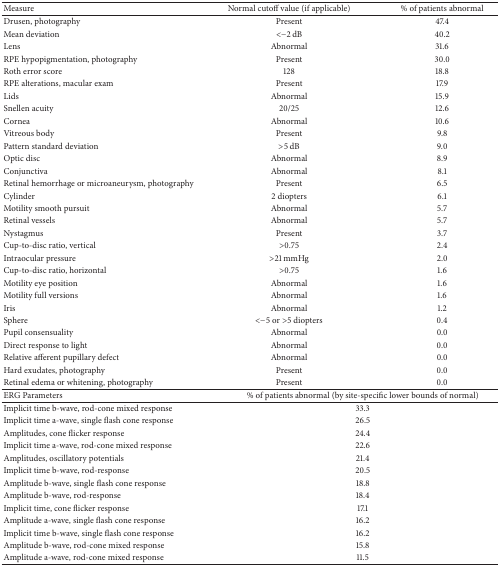
<table><thead><tr><td><b>Measure</b></td><td><b>Normal cutoff value (if applicable)</b></td><td><b>% of patients abnormal</b></td></tr></thead><tbody><tr><td>Drusen, photography</td><td>Present</td><td>47.4</td></tr><tr><td>Mean deviation</td><td>&lt;−2 dB</td><td>40.2</td></tr><tr><td>Lens</td><td>Abnormal</td><td>31.6</td></tr><tr><td>RPE hypopigmentation, photography</td><td>Present</td><td>30.0</td></tr><tr><td>Roth error score</td><td>128</td><td>18.8</td></tr><tr><td>RPE alterations, macular exam</td><td>Present</td><td>17.9</td></tr><tr><td>Lids</td><td>Abnormal</td><td>15.9</td></tr><tr><td>Snellen acuity</td><td>20/25</td><td>12.6</td></tr><tr><td>Cornea</td><td>Abnormal</td><td>10.6</td></tr><tr><td>Vitreous body</td><td>Present</td><td>9.8</td></tr><tr><td>Pattern standard deviation</td><td>&gt;5 dB</td><td>9.0</td></tr><tr><td>Optic disc</td><td>Abnormal</td><td>8.9</td></tr><tr><td>Conjunctiva</td><td>Abnormal</td><td>8.1</td></tr><tr><td>Retinal hemorrhage or microaneurysm, photography</td><td>Present</td><td>6.5</td></tr><tr><td>Cylinder</td><td>2 diopters</td><td>6.1</td></tr><tr><td>Motility smooth pursuit</td><td>Abnormal</td><td>5.7</td></tr><tr><td>Retinal vessels</td><td>Abnormal</td><td>5.7</td></tr><tr><td>Nystagmus</td><td>Present</td><td>3.7</td></tr><tr><td>Cup-to-disc ratio, vertical</td><td>&gt;0.75</td><td>2.4</td></tr><tr><td>Intraocular pressure</td><td>&gt;21 mmHg</td><td>2.0</td></tr><tr><td>Cup-to-disc ratio, horizontal</td><td>&gt;0.75</td><td>1.6</td></tr><tr><td>Motility eye position</td><td>Abnormal</td><td>1.6</td></tr><tr><td>Motility full versions</td><td>Abnormal</td><td>1.6</td></tr><tr><td>Iris</td><td>Abnormal</td><td>1.2</td></tr><tr><td>Sphere</td><td>&lt;−5 or &gt;5 diopters</td><td>0.4</td></tr><tr><td>Pupil consensuality</td><td>Abnormal</td><td>0.0</td></tr><tr><td>Direct response to light</td><td>Abnormal</td><td>0.0</td></tr><tr><td>Relative afferent pupillary defect</td><td>Abnormal</td><td>0.0</td></tr><tr><td>Hard exudates, photography</td><td>Present</td><td>0.0</td></tr><tr><td>Retinal edema or whitening, photography</td><td>Present</td><td>0.0</td></tr><tr><td>ERG Parameters</td><td colspan="2">% of patients abnormal (by site-specific lower bounds of normal)</td></tr><tr><td>Implicit time b-wave, rod-cone mixed response</td><td colspan="2">33.3</td></tr><tr><td>Implicit time a-wave, single flash cone response</td><td colspan="2">26.5</td></tr><tr><td>Amplitudes, cone flicker response</td><td colspan="2">24.4</td></tr><tr><td>Implicit time a-wave, rod-cone mixed response</td><td colspan="2">22.6</td></tr><tr><td>Amplitudes, oscillatory potentials</td><td colspan="2">21.4</td></tr><tr><td>Implicit time b-wave, rod-response</td><td colspan="2">20.5</td></tr><tr><td>Amplitude b-wave, single flash cone response</td><td colspan="2">18.8</td></tr><tr><td>Amplitude b-wave, rod-response</td><td colspan="2">18.4</td></tr><tr><td>Implicit time, cone flicker response</td><td colspan="2">17.1</td></tr><tr><td>Amplitude a-wave, single flash cone response</td><td colspan="2">16.2</td></tr><tr><td>Implicit time b-wave, single flash cone response</td><td colspan="2">16.2</td></tr><tr><td>Amplitude b-wave, rod-cone mixed response</td><td colspan="2">15.8</td></tr><tr><td>Amplitude a-wave, rod-cone mixed response</td><td colspan="2">11.5</td></tr></tbody></table>